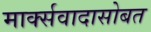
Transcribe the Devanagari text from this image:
मार्क्सवादासोबत